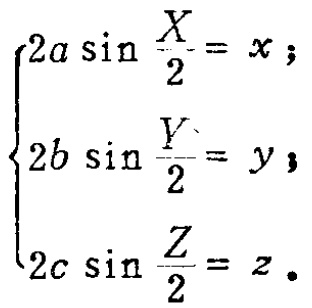
\[
\begin{cases}
2a\sin\frac{X}{2} = x;\\
2b\sin\frac{Y}{2} = y;\\
2c\sin\frac{Z}{2} = z.
\end{cases}
\]